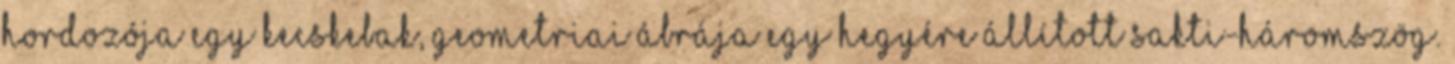
hordozója egy kecskebak, geometriai ábrája egy hegyére állított sakti-háromszög.